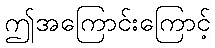
ဤအကြောင်းကြောင့်